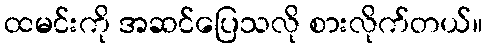
ထမင်းကို အဆင်ပြေသလို စားလိုက်တယ်။